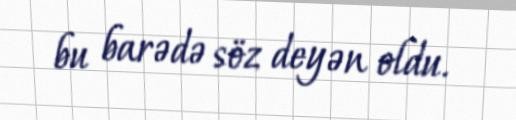
bu barədə söz deyən oldu.